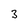
Character: 3